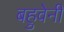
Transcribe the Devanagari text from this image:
बहुवेनी